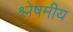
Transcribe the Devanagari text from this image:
श्लेषमीय